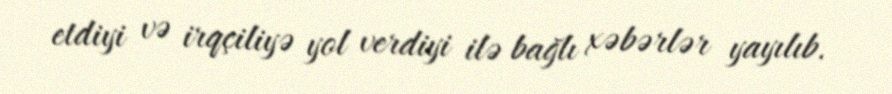
etdiyi və irqçiliyə yol verdiyi ilə bağlı xəbərlər yayılıb.